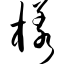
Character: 样